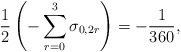
\begin{align*}{1\over 2}\left(-\sum_{r=0}^{3}\sigma_{0,2r}\right)=-{1\over 360},\end{align*}